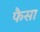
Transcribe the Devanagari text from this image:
फैसा